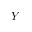
Y